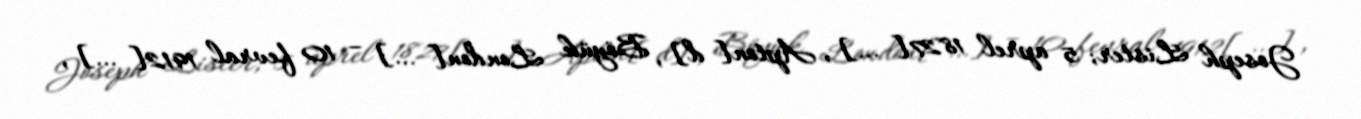
Joseph Lister; 5 aprel 1827[…], Apton[d], Böyük London[…] – 10 fevral 1912[…],